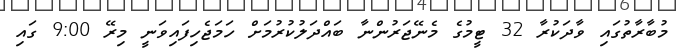
މުބާރާތުގައި ވާދަކުރާ 32 ޓީމުގެ މެނޭޖަރުންނާ ބައްދަލުކުރުމަށް ހަމަޖެހިފައިވަނީ މިރޭ 9:00 ގައި